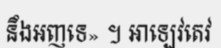
នឹងអញទេ» ។ អាឡេវតេវ